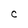
Character: C